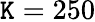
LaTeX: \mathtt{K}=250